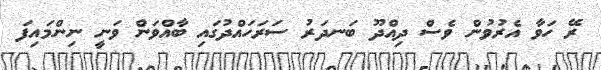
ރޭ ހަވާ އެރުވުން ވެސް ދިއްދޫ ބަނދަރު ސަރަހައްދުގައި ބާއްވަން ވަނީ ނިންމައިފަ